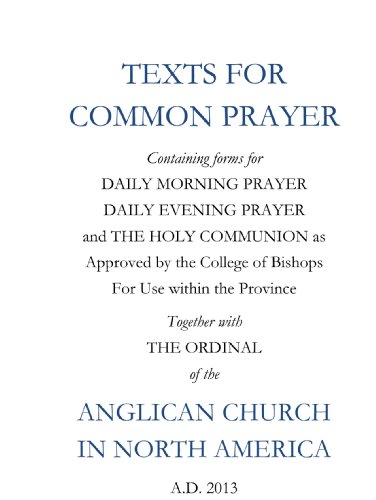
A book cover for Texts For Common Prayer: Together With The Ordinal of the Anglican Church in North America; Liturgy and Common Worship Task Force The Anglican Church in North America; Christian Books & Bibles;